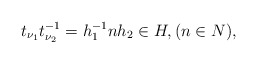
\begin{align*}t_{\nu_1} t_{\nu_2}^{-1} = h_1^{-1} n h_2 \in H,(n\in N),\end{align*}